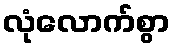
လုံလောက်စွာ